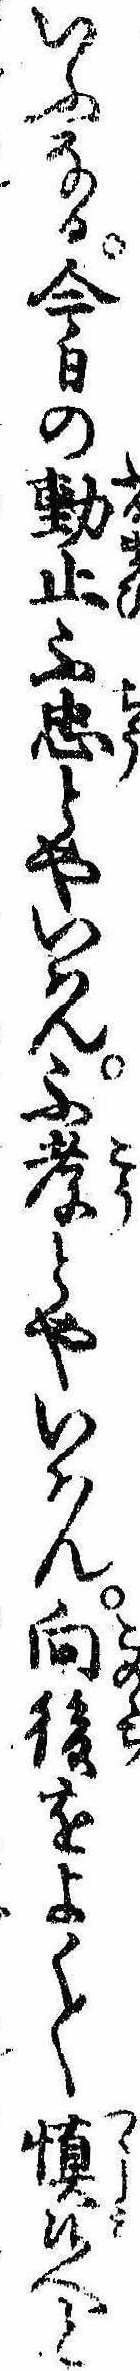
いふなる今日の動止不忠とやいはん不孝とやいはん向後をよく〱慎候へと